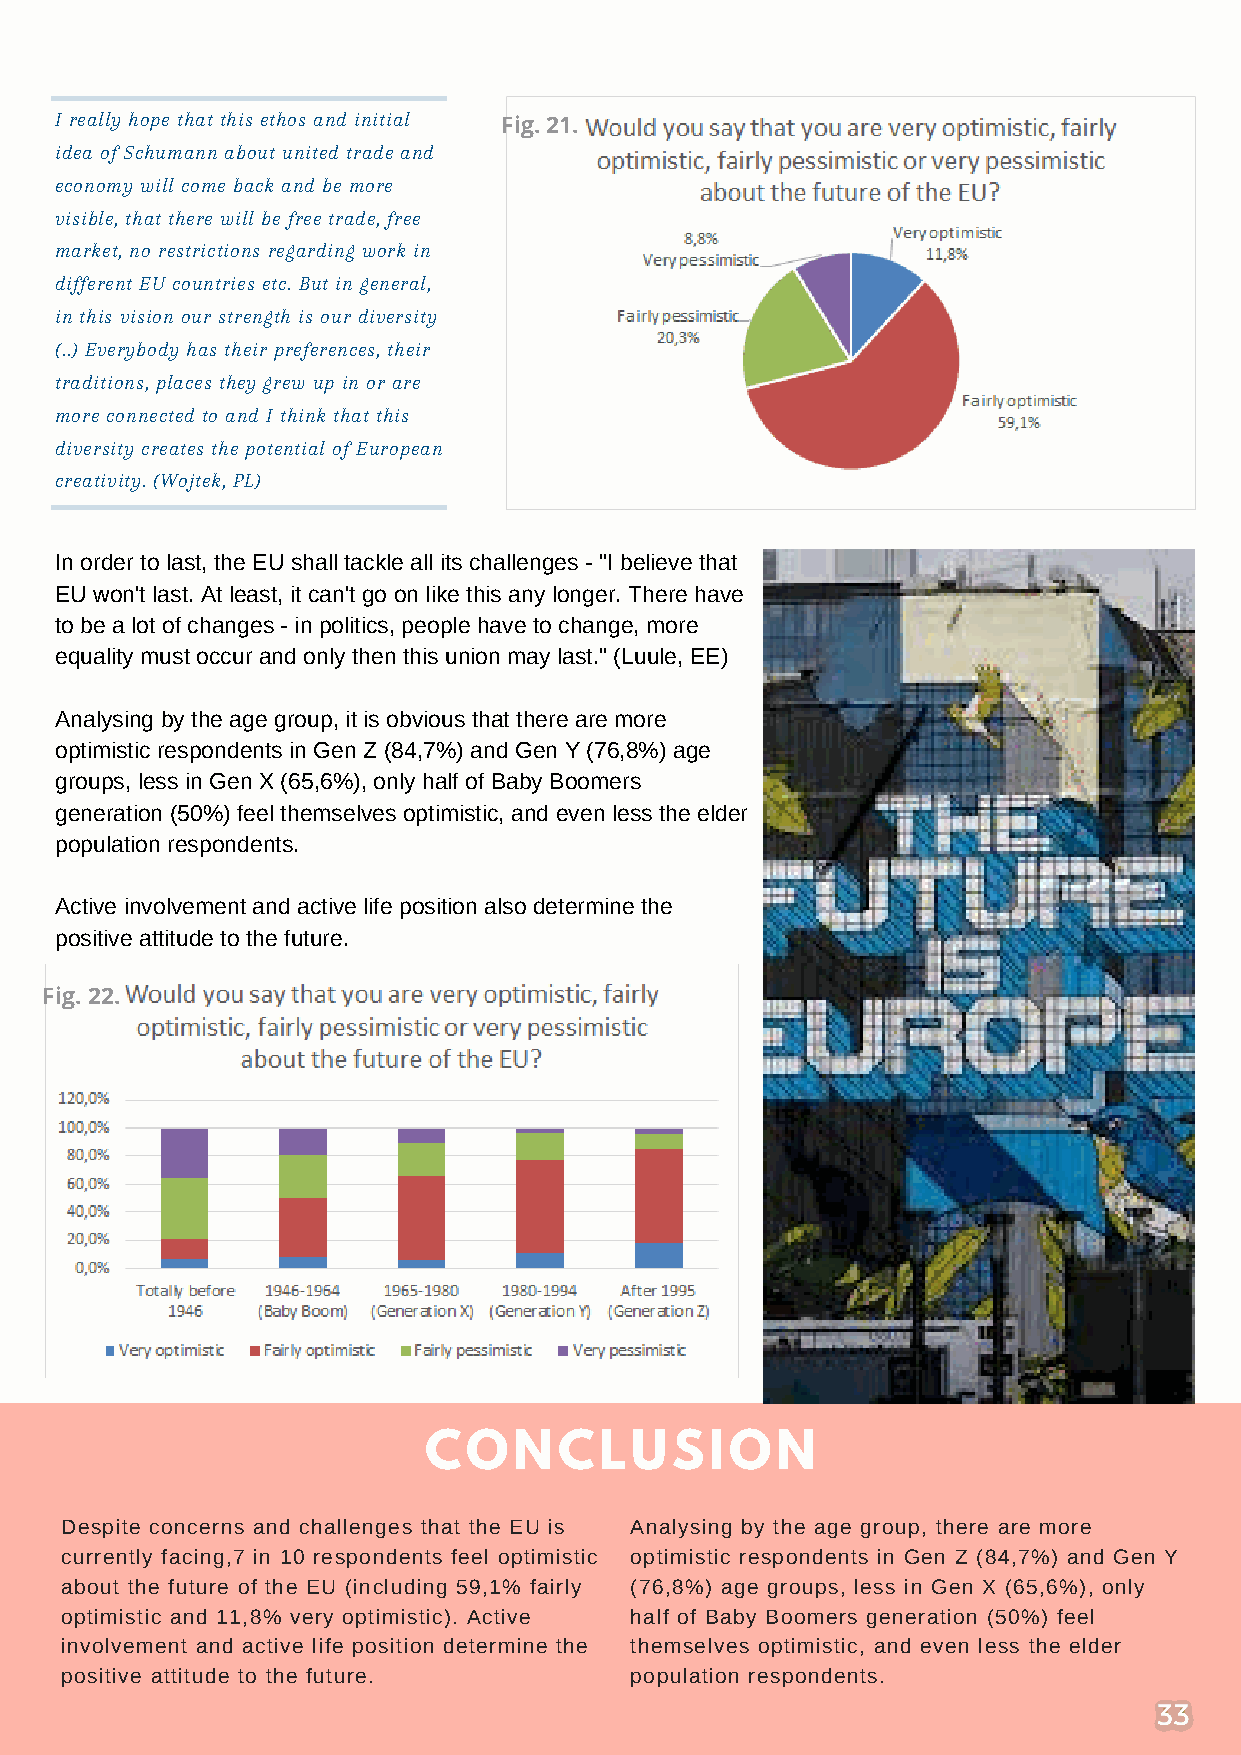
I really hope that this ethos and initial
 Fig. 21.
 idea of Schumann about united trade and
 economy will come back and be more
 visible, that there will be free trade, free
 market, no restrictions regarding work in
 different EU countries etc. But in general,
 in this vision our strength is our diversity
 (..) Everybody has their preferences, their
 traditions, places they grew up in or are
 more connected to and I think that this
 diversity creates the potential of European
 creativity. (Wojtek, PL)
 In order to last, the EU shall tackle all its challenges - "I believe that
 EU won't last. At least, it can't go on like this any longer. There have
 to be a lot of changes - in politics, people have to change, more
 equality must occur and only then this union may last." (Luule, EE)
 Analysing by the age group, it is obvious that there are more
 optimistic respondents in Gen Z (84,7%) and Gen Y (76,8%) age
 groups, less in Gen X (65,6%), only half of Baby Boomers
 generation (50%) feel themselves optimistic, and even less the elder
 population respondents.
 Active involvement and active life position also determine the
 positive attitude to the future.
 Fig. 22.
 CONCLUSION
 Despite concerns and challenges that the EU is Analysing by the age group, there are more
 currently facing,7 in 10 respondents feel optimistic optimistic respondents in Gen Z (84,7%) and Gen Y
 about the future of the EU (including 59,1% fairly (76,8%) age groups, less in Gen X (65,6%), only
 optimistic and 11,8% very optimistic). Active half of Baby Boomers generation (50%) feel
 involvement and active life position determine the themselves optimistic, and even less the elder
 positive attitude to the future.      population respondents.